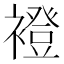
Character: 䙞